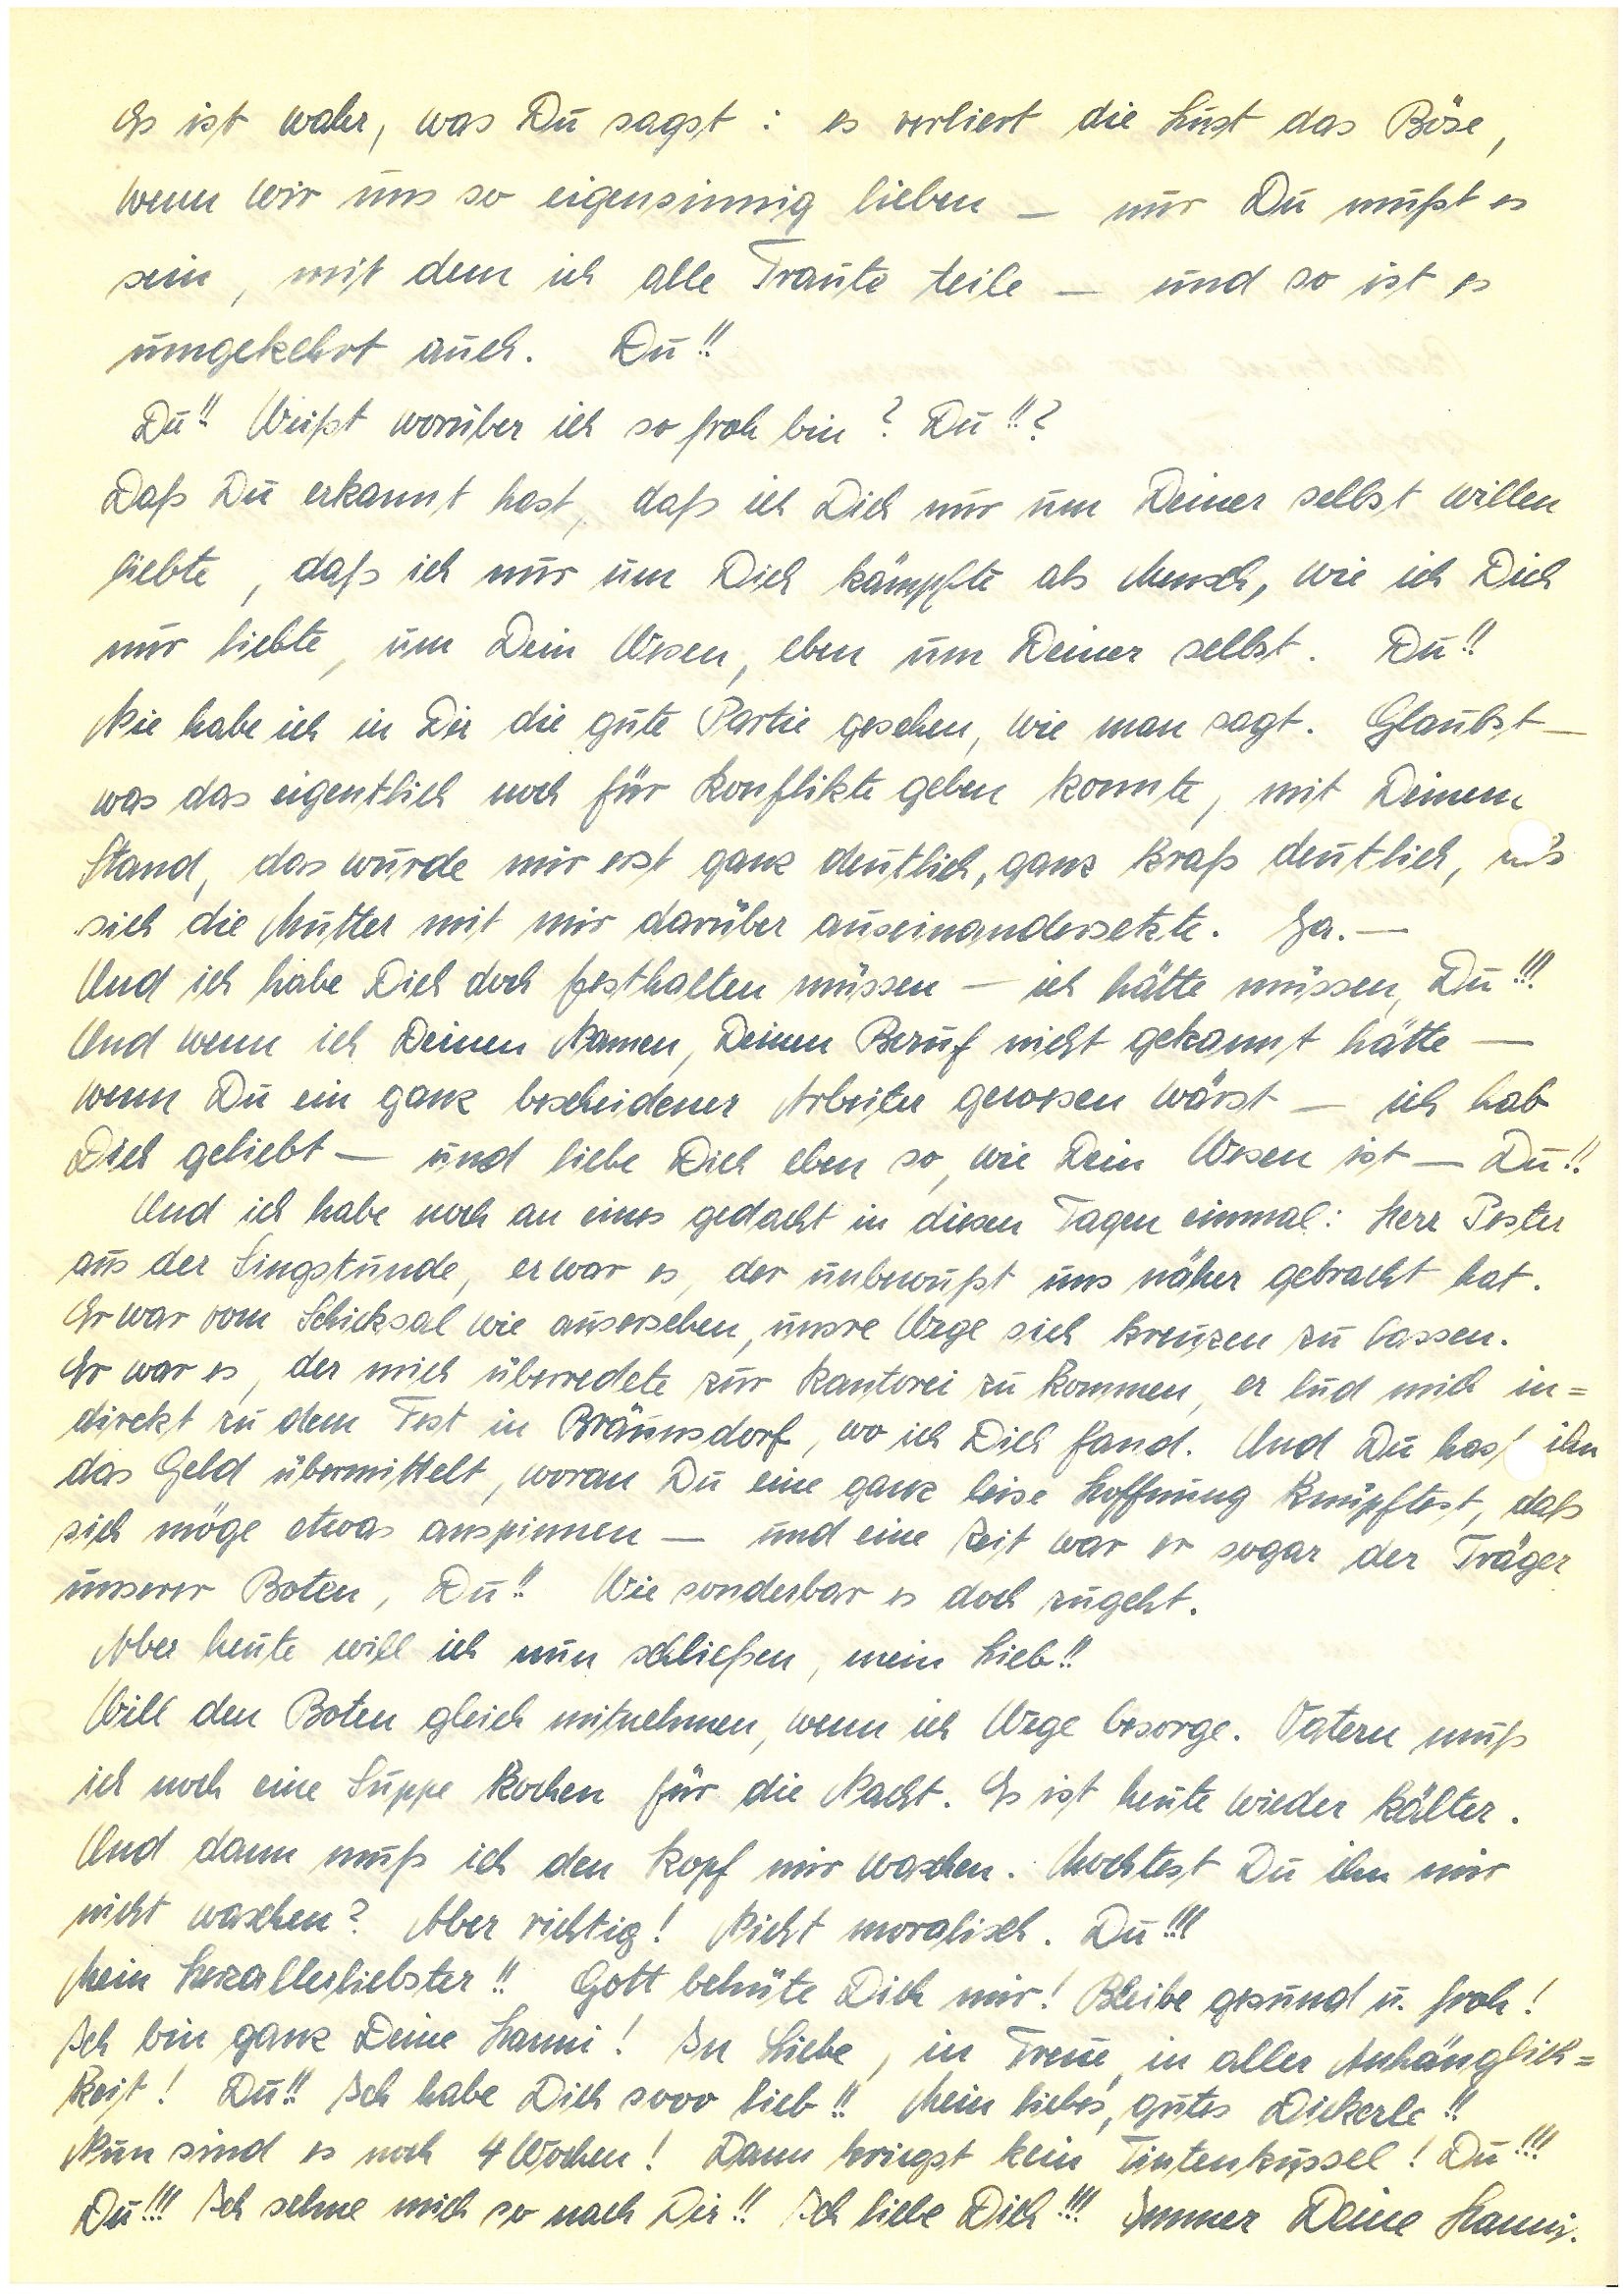
Es ist wahr, was Du sagst: es verliert die Lust das Böse,
wenn wir uns so eigensinnig lieben – nur Du mußt es
sein, mit dem ich alle Traute teile – und so ist es
umgekehrt auch. Du!!
Du!! Weißt worüber ich so froh bin? Du!!?
Daß Du erkannt hast, daß ich Dich nur um Deiner selbst willen
liebte, daß ich nur um Dich kämpfte als Munch, wie ich Dich
nur liebte, um Dein Wesen, eben um Deiner selbst. Du!!
Nie habe ich in Dir die gute Partie gesehen, wie man sagt. Glaubst –
was das eigentlich noch für Konflikte geben konnte, mit Deinem
Stand, das wurde mir erst ganz deutlich, ganz kraß deutlich, s
sich die Mutter mit mir darüber auseinandersetzte. Ja. —
Und ich habe Dich doch festhalten müssen – ich hätte müssen, Du!!!
Und wenn ich Deinen Namen, Deinen Beruf nicht gekannt hätte –
wenn Du ein bescheidener Arbeiter gewesen wärst – ich hab
Dich geliebt – und liebe Dich eben so, wie Dein Wesen ist – Du!!
Und ich habe noch an eines gedacht in diesen Tagen einmal: Herr P.
aus der Singstunde, er war es, der unbewußt uns näher gebracht hat.
Er war vom Schicksal wie ausersehen, unsre Wege sich kreuzen zu lassen.
Er war es, der mich überredete zur Kantorei zu kommen, er lud mich in¬
direkt zu dem Fest in B., wo ich Dich fand. Und Du hast ihn
das Geld übermittelt, woran Du eine leise Hoffnung knüpftest, daß
sich möge etwas anspinnen – und eine Zeit war er sogar der Träger
unserer Boten, Du!! Wie sonderbar es doch zugeht.
Aber heute will ich nun schließen mein Lieb!!
Will den Boten gleich mitnehmen, wenn ich Wege besorge. Vatern muß
ich noch eine Suppe kochen für die Nacht. Es ist heute wieder kälter.
Und dann muß ich den Kopf mir waschen. Möchtest Du ihn mir
nicht waschen? Aber richtig! Nicht moralisch. Du!!!
Mein Herzallerliebster!! Gott behüte Dich mir! Bleibe gesund u. froh!
Ich bin ganz Deine ! In Liebe, in Treue, in aller Anhänglich¬
keit! Du!! Ich habe Dich sooo lieb!! Mein liebes, gutes Dickerle!!
Nun sind es nur noch 4 Wochen! Dann kriegst kein Tintenkussel! Du!!!
Du!!! Ich sehne mich so nach Dir!! Ich liebe Dich!!! Immer Deine.